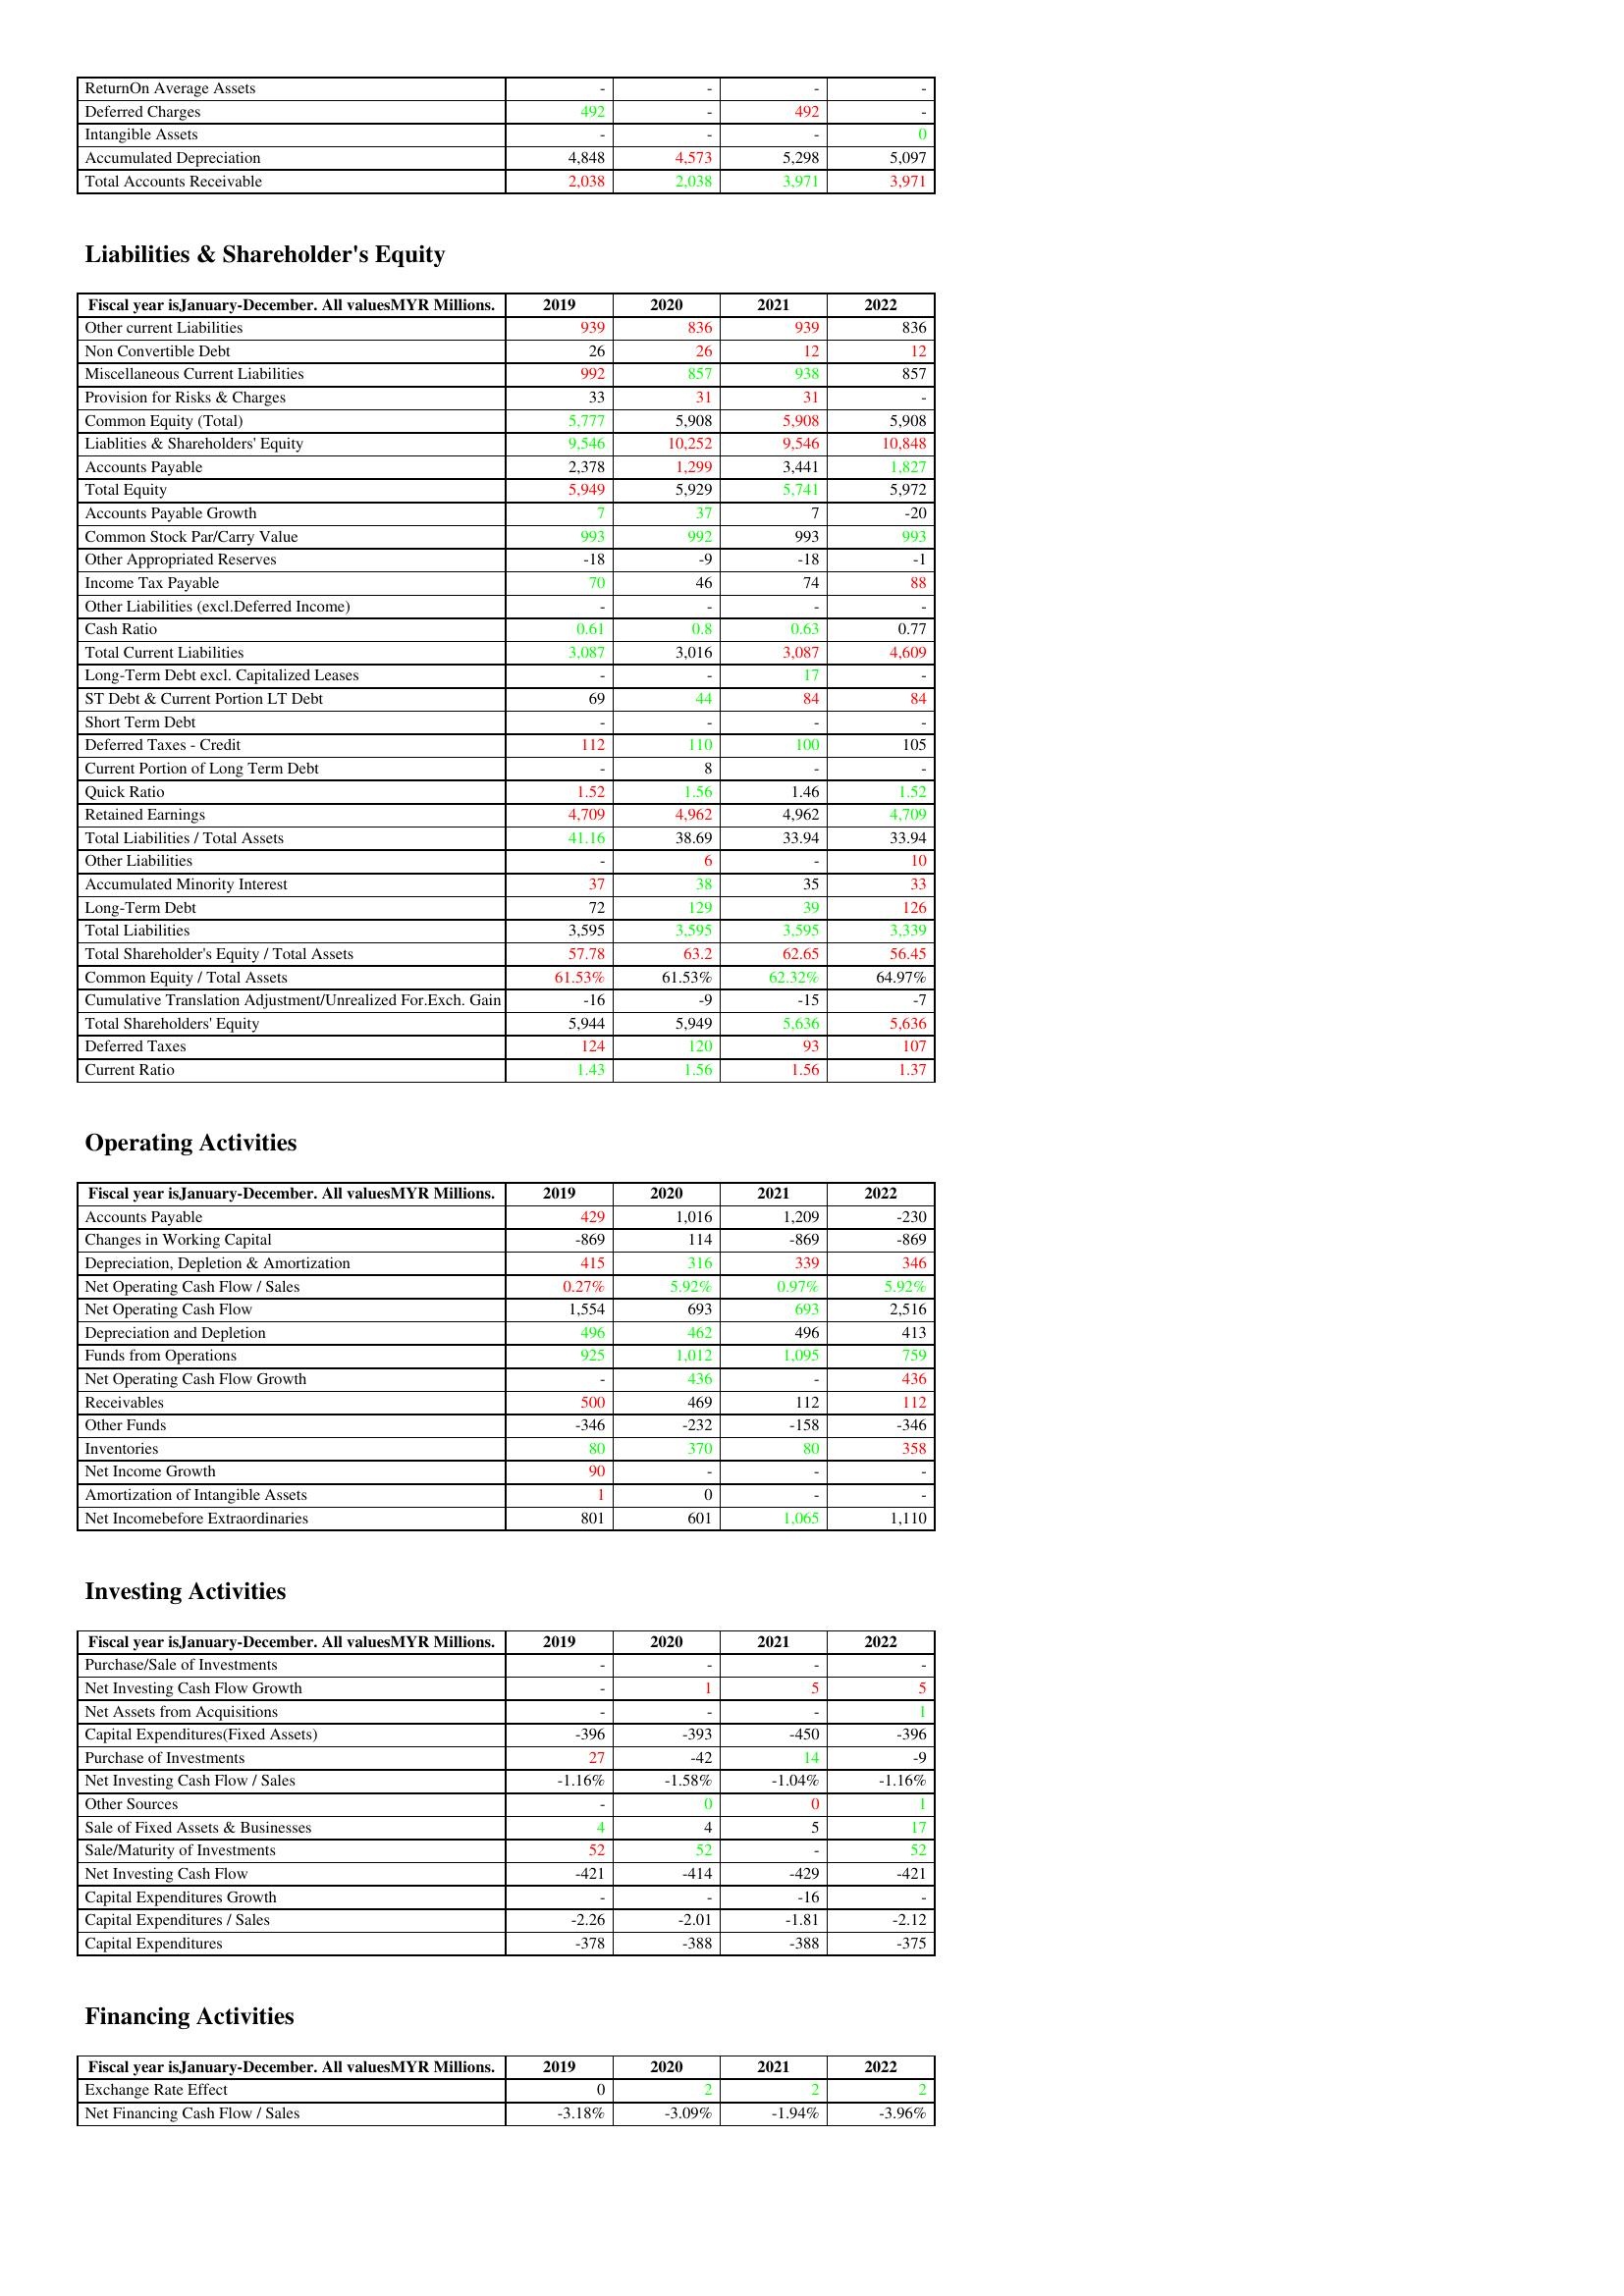
gt_parse: 2019: Assets: ReturnOn Average Assets: -
Deferred Charges: 492
Intangible Assets: -
Accumulated Depreciation: 4,848
Total Accounts Receivable: 2,038
Liabilities & Shareholder's Equity: Other current Liabilities: 939
Non Convertible Debt: 26
Miscellaneous Current Liabilities: 992
Provision for Risks & Charges: 33
Common Equity (Total): 5,777
Liablities & Shareholders' Equity: 9,546
Accounts Payable: 2,378
Total Equity: 5,949
Accounts Payable Growth: 7
Common Stock Par/Carry Value: 993
Other Appropriated Reserves: -18
Income Tax Payable: 70
Other Liabilities (excl.Deferred Income): -
Cash Ratio: 0.61
Total Current Liabilities: 3,087
Long-Term Debt excl. Capitalized Leases: -
ST Debt & Current Portion LT Debt: 69
Short Term Debt: -
Deferred Taxes - Credit: 112
Current Portion of Long Term Debt: -
Quick Ratio: 1.52
Retained Earnings: 4,709
Total Liabilities / Total Assets: 41.16
Other Liabilities: -
Accumulated Minority Interest: 37
Long-Term Debt: 72
Total Liabilities: 3,595
Total Shareholder's Equity / Total Assets: 57.78
Common Equity / Total Assets: 61.53%
Cumulative Translation Adjustment/Unrealized For.Exch. Gain: -16
Total Shareholders' Equity: 5,944
Deferred Taxes: 124
Current Ratio: 1.43
Operating Activities: Accounts Payable: 429
Changes in Working Capital: -869
Depreciation, Depletion & Amortization: 415
Net Operating Cash Flow / Sales: 0.27%
Net Operating Cash Flow: 1,554
Depreciation and Depletion: 496
Funds from Operations: 925
Net Operating Cash Flow Growth: -
Receivables: 500
Other Funds: -346
Inventories: 80
Net Income Growth: 90
Amortization of Intangible Assets: 1
Net Incomebefore Extraordinaries: 801
Investing Activities: Purchase/Sale of Investments: -
Net Investing Cash Flow Growth: -
Net Assets from Acquisitions: -
Capital Expenditures(Fixed Assets): -396
Purchase of Investments: 27
Net Investing Cash Flow / Sales: -1.16%
Other Sources: -
Sale of Fixed Assets & Businesses: 4
Sale/Maturity of Investments: 52
Net Investing Cash Flow: -421
Capital Expenditures Growth: -
Capital Expenditures / Sales: -2.26
Capital Expenditures: -378
Financing Activities: Exchange Rate Effect: 0
Net Financing Cash Flow / Sales: -3.18%
2020: Assets: ReturnOn Average Assets: -
Deferred Charges: -
Intangible Assets: -
Accumulated Depreciation: 4,573
Total Accounts Receivable: 2,038
Liabilities & Shareholder's Equity: Other current Liabilities: 836
Non Convertible Debt: 26
Miscellaneous Current Liabilities: 857
Provision for Risks & Charges: 31
Common Equity (Total): 5,908
Liablities & Shareholders' Equity: 10,252
Accounts Payable: 1,299
Total Equity: 5,929
Accounts Payable Growth: 37
Common Stock Par/Carry Value: 992
Other Appropriated Reserves: -9
Income Tax Payable: 46
Other Liabilities (excl.Deferred Income): -
Cash Ratio: 0.8
Total Current Liabilities: 3,016
Long-Term Debt excl. Capitalized Leases: -
ST Debt & Current Portion LT Debt: 44
Short Term Debt: -
Deferred Taxes - Credit: 110
Current Portion of Long Term Debt: 8
Quick Ratio: 1.56
Retained Earnings: 4,962
Total Liabilities / Total Assets: 38.69
Other Liabilities: 6
Accumulated Minority Interest: 38
Long-Term Debt: 129
Total Liabilities: 3,595
Total Shareholder's Equity / Total Assets: 63.2
Common Equity / Total Assets: 61.53%
Cumulative Translation Adjustment/Unrealized For.Exch. Gain: -9
Total Shareholders' Equity: 5,949
Deferred Taxes: 120
Current Ratio: 1.56
Operating Activities: Accounts Payable: 1,016
Changes in Working Capital: 114
Depreciation, Depletion & Amortization: 316
Net Operating Cash Flow / Sales: 5.92%
Net Operating Cash Flow: 693
Depreciation and Depletion: 462
Funds from Operations: 1,012
Net Operating Cash Flow Growth: 436
Receivables: 469
Other Funds: -232
Inventories: 370
Net Income Growth: -
Amortization of Intangible Assets: 0
Net Incomebefore Extraordinaries: 601
Investing Activities: Purchase/Sale of Investments: -
Net Investing Cash Flow Growth: 1
Net Assets from Acquisitions: -
Capital Expenditures(Fixed Assets): -393
Purchase of Investments: -42
Net Investing Cash Flow / Sales: -1.58%
Other Sources: 0
Sale of Fixed Assets & Businesses: 4
Sale/Maturity of Investments: 52
Net Investing Cash Flow: -414
Capital Expenditures Growth: -
Capital Expenditures / Sales: -2.01
Capital Expenditures: -388
Financing Activities: Exchange Rate Effect: 2
Net Financing Cash Flow / Sales: -3.09%
2021: Assets: ReturnOn Average Assets: -
Deferred Charges: 492
Intangible Assets: -
Accumulated Depreciation: 5,298
Total Accounts Receivable: 3,971
Liabilities & Shareholder's Equity: Other current Liabilities: 939
Non Convertible Debt: 12
Miscellaneous Current Liabilities: 938
Provision for Risks & Charges: 31
Common Equity (Total): 5,908
Liablities & Shareholders' Equity: 9,546
Accounts Payable: 3,441
Total Equity: 5,741
Accounts Payable Growth: 7
Common Stock Par/Carry Value: 993
Other Appropriated Reserves: -18
Income Tax Payable: 74
Other Liabilities (excl.Deferred Income): -
Cash Ratio: 0.63
Total Current Liabilities: 3,087
Long-Term Debt excl. Capitalized Leases: 17
ST Debt & Current Portion LT Debt: 84
Short Term Debt: -
Deferred Taxes - Credit: 100
Current Portion of Long Term Debt: -
Quick Ratio: 1.46
Retained Earnings: 4,962
Total Liabilities / Total Assets: 33.94
Other Liabilities: -
Accumulated Minority Interest: 35
Long-Term Debt: 39
Total Liabilities: 3,595
Total Shareholder's Equity / Total Assets: 62.65
Common Equity / Total Assets: 62.32%
Cumulative Translation Adjustment/Unrealized For.Exch. Gain: -15
Total Shareholders' Equity: 5,636
Deferred Taxes: 93
Current Ratio: 1.56
Operating Activities: Accounts Payable: 1,209
Changes in Working Capital: -869
Depreciation, Depletion & Amortization: 339
Net Operating Cash Flow / Sales: 0.97%
Net Operating Cash Flow: 693
Depreciation and Depletion: 496
Funds from Operations: 1,095
Net Operating Cash Flow Growth: -
Receivables: 112
Other Funds: -158
Inventories: 80
Net Income Growth: -
Amortization of Intangible Assets: -
Net Incomebefore Extraordinaries: 1,065
Investing Activities: Purchase/Sale of Investments: -
Net Investing Cash Flow Growth: 5
Net Assets from Acquisitions: -
Capital Expenditures(Fixed Assets): -450
Purchase of Investments: 14
Net Investing Cash Flow / Sales: -1.04%
Other Sources: 0
Sale of Fixed Assets & Businesses: 5
Sale/Maturity of Investments: -
Net Investing Cash Flow: -429
Capital Expenditures Growth: -16
Capital Expenditures / Sales: -1.81
Capital Expenditures: -388
Financing Activities: Exchange Rate Effect: 2
Net Financing Cash Flow / Sales: -1.94%
2022: Assets: ReturnOn Average Assets: -
Deferred Charges: -
Intangible Assets: 0
Accumulated Depreciation: 5,097
Total Accounts Receivable: 3,971
Liabilities & Shareholder's Equity: Other current Liabilities: 836
Non Convertible Debt: 12
Miscellaneous Current Liabilities: 857
Provision for Risks & Charges: -
Common Equity (Total): 5,908
Liablities & Shareholders' Equity: 10,848
Accounts Payable: 1,827
Total Equity: 5,972
Accounts Payable Growth: -20
Common Stock Par/Carry Value: 993
Other Appropriated Reserves: -1
Income Tax Payable: 88
Other Liabilities (excl.Deferred Income): -
Cash Ratio: 0.77
Total Current Liabilities: 4,609
Long-Term Debt excl. Capitalized Leases: -
ST Debt & Current Portion LT Debt: 84
Short Term Debt: -
Deferred Taxes - Credit: 105
Current Portion of Long Term Debt: -
Quick Ratio: 1.52
Retained Earnings: 4,709
Total Liabilities / Total Assets: 33.94
Other Liabilities: 10
Accumulated Minority Interest: 33
Long-Term Debt: 126
Total Liabilities: 3,339
Total Shareholder's Equity / Total Assets: 56.45
Common Equity / Total Assets: 64.97%
Cumulative Translation Adjustment/Unrealized For.Exch. Gain: -7
Total Shareholders' Equity: 5,636
Deferred Taxes: 107
Current Ratio: 1.37
Operating Activities: Accounts Payable: -230
Changes in Working Capital: -869
Depreciation, Depletion & Amortization: 346
Net Operating Cash Flow / Sales: 5.92%
Net Operating Cash Flow: 2,516
Depreciation and Depletion: 413
Funds from Operations: 759
Net Operating Cash Flow Growth: 436
Receivables: 112
Other Funds: -346
Inventories: 358
Net Income Growth: -
Amortization of Intangible Assets: -
Net Incomebefore Extraordinaries: 1,110
Investing Activities: Purchase/Sale of Investments: -
Net Investing Cash Flow Growth: 5
Net Assets from Acquisitions: 1
Capital Expenditures(Fixed Assets): -396
Purchase of Investments: -9
Net Investing Cash Flow / Sales: -1.16%
Other Sources: 1
Sale of Fixed Assets & Businesses: 17
Sale/Maturity of Investments: 52
Net Investing Cash Flow: -421
Capital Expenditures Growth: -
Capital Expenditures / Sales: -2.12
Capital Expenditures: -375
Financing Activities: Exchange Rate Effect: 2
Net Financing Cash Flow / Sales: -3.96%